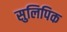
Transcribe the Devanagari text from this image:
सुलिपिक